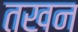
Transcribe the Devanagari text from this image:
तखन